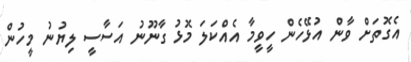
އެގޮތަށް ވާން އުޅޭހެން ހީވީމާ އެއްކަލަ މޮޅު ގާނޫނު އަސާސީ ލިޔުނު މީހުން